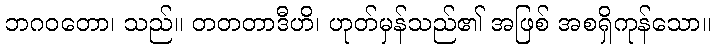
ဘဂဝတော၊ သည်။ တတတာဒီဟိ၊ ဟုတ်မှန်သည်၏ အဖြစ် အစရှိကုန်သော။